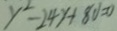
y ^ { 2 } - 2 4 y + 8 0 = 0